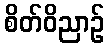
စိတ်ဝိညာဉ်